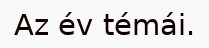
Az év témái.